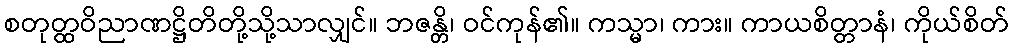
စတုတ္ထဝိညာဏဋ္ဌိတိတို့သို့သာလျှင်။ ဘဇန္တိ၊ ဝင်ကုန်၏။ ကသ္မာ၊ ကား။ ကာယစိတ္တာနံ၊ ကိုယ်စိတ်